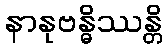
နာနုဗန္ဓိဿန္တိ